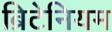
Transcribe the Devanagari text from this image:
ब्रिटेनियम